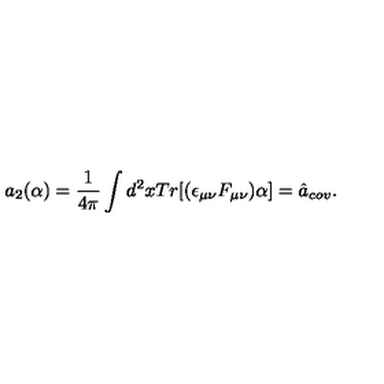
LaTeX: a _ { 2 } ( \alpha ) = \frac { 1 } { 4 \pi } \int d ^ { 2 } x T r [ ( \epsilon _ { \mu \nu } F _ { \mu \nu } ) \alpha ] = \hat { a } _ { c o v } .